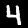
Digit: 4